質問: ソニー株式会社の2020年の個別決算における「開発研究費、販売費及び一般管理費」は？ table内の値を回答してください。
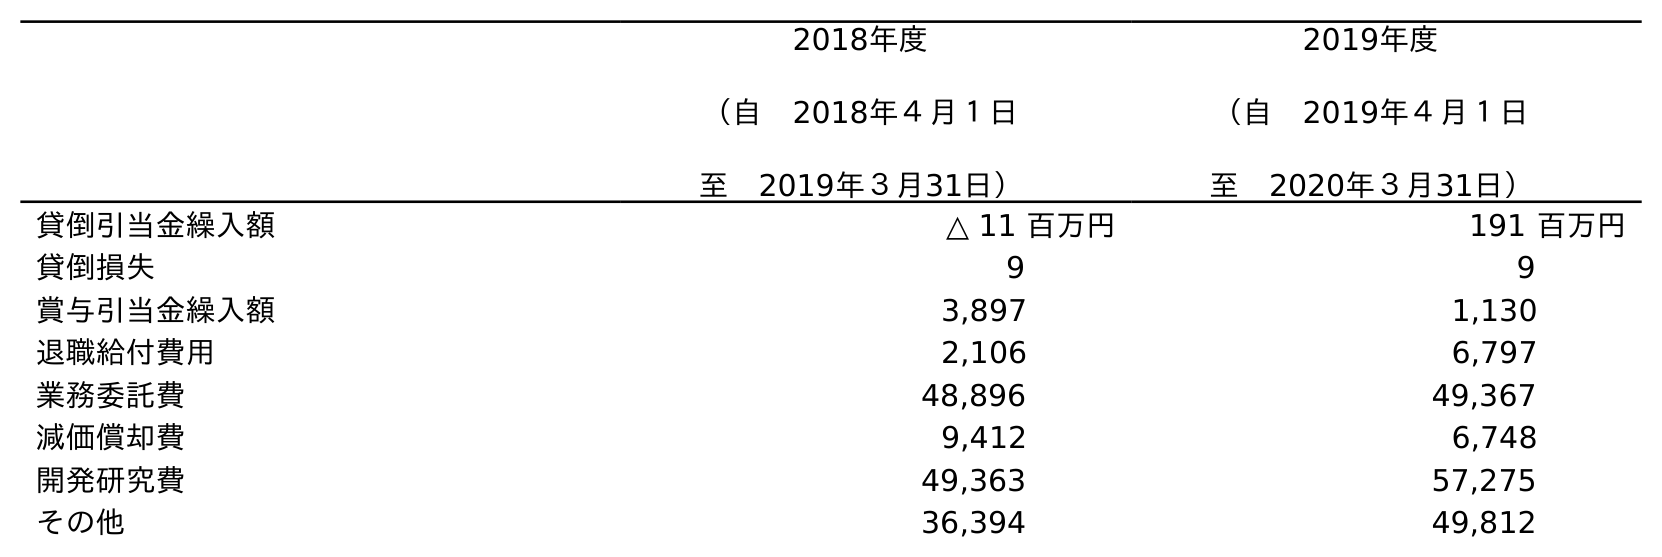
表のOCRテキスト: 2018年度 （自 2018年４月１日 至 2019年３月31日） 2019年度 （自 2019年４月１日 至 2020年３月31日） 貸倒引当金繰入額 △ 11 百万円 191 百万円 貸倒損失 9 9 賞与引当金繰入額 3,897 1,130 退職給付費用 2,106 6,797 業務委託費 48,896 49,367 減価償却費 9,412 6,748 開発研究費 49,363 57,275 その他 36,394 49,812
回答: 57,275